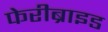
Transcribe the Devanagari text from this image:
फेरीब्राइड